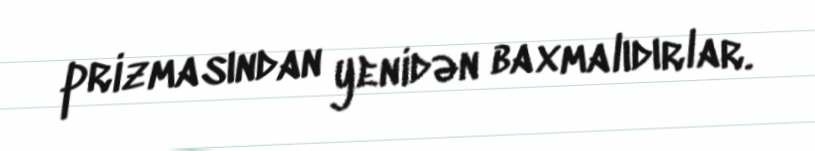
prizmasından yenidən baxmalıdırlar.